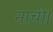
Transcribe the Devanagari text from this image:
नाची।